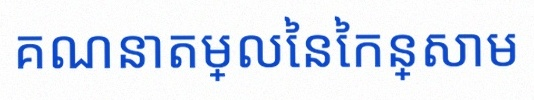
គណនាតម្លៃនៃកន្សោម